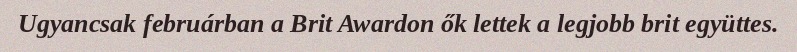
Ugyancsak februárban a Brit Awardon ők lettek a legjobb brit együttes.